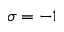
\sigma = - 1